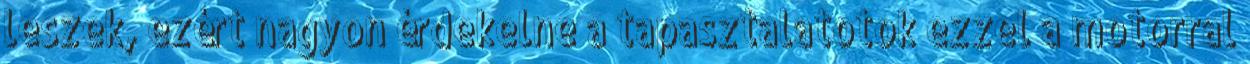
leszek, ezért nagyon érdekelne a tapasztalatotok ezzel a motorral